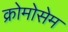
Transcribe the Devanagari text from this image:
क्रोमोसेम